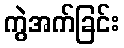
ကွဲအက်ခြင်း